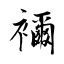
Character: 襧